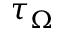
\tau _ { \Omega }